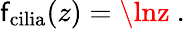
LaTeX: \mathsf{f}_{\mathrm{{cilia}}}(z)=\lnz\ .